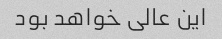
این عالی خواهد بود